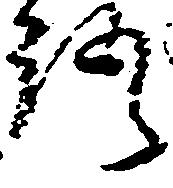
語